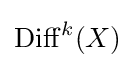
\mathrm {Diff} ^{k}(X)